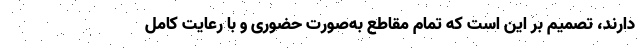
دارند، تصمیم بر این است که تمام مقاطع به‌صورت حضوری و با رعایت کامل